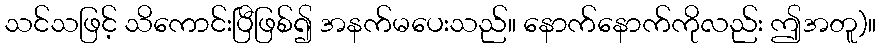
သင်သဖြင့် သိကောင်းပြီဖြစ်၍ အနက်မပေးသည်။ နောက်နောက်ကိုလည်း ဤအတူ)။